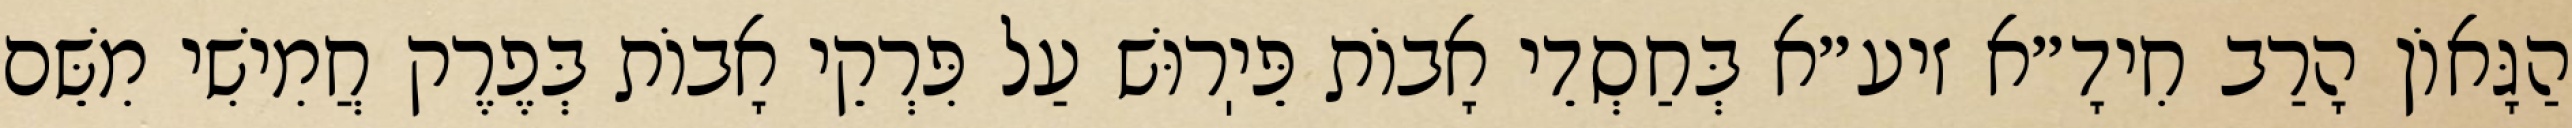
הַגָּאוֹן הָרַב חִידָ״א זיע״א בְּחַסְדֵי אָבוֹת פֵּיֽרוּשׁ עַל פִּרְקֵי אָבוֹת בְּפֶרֶק חֲמִישִׁי מִשֵּׁם